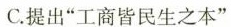
C.提出”工商皆民生之本”